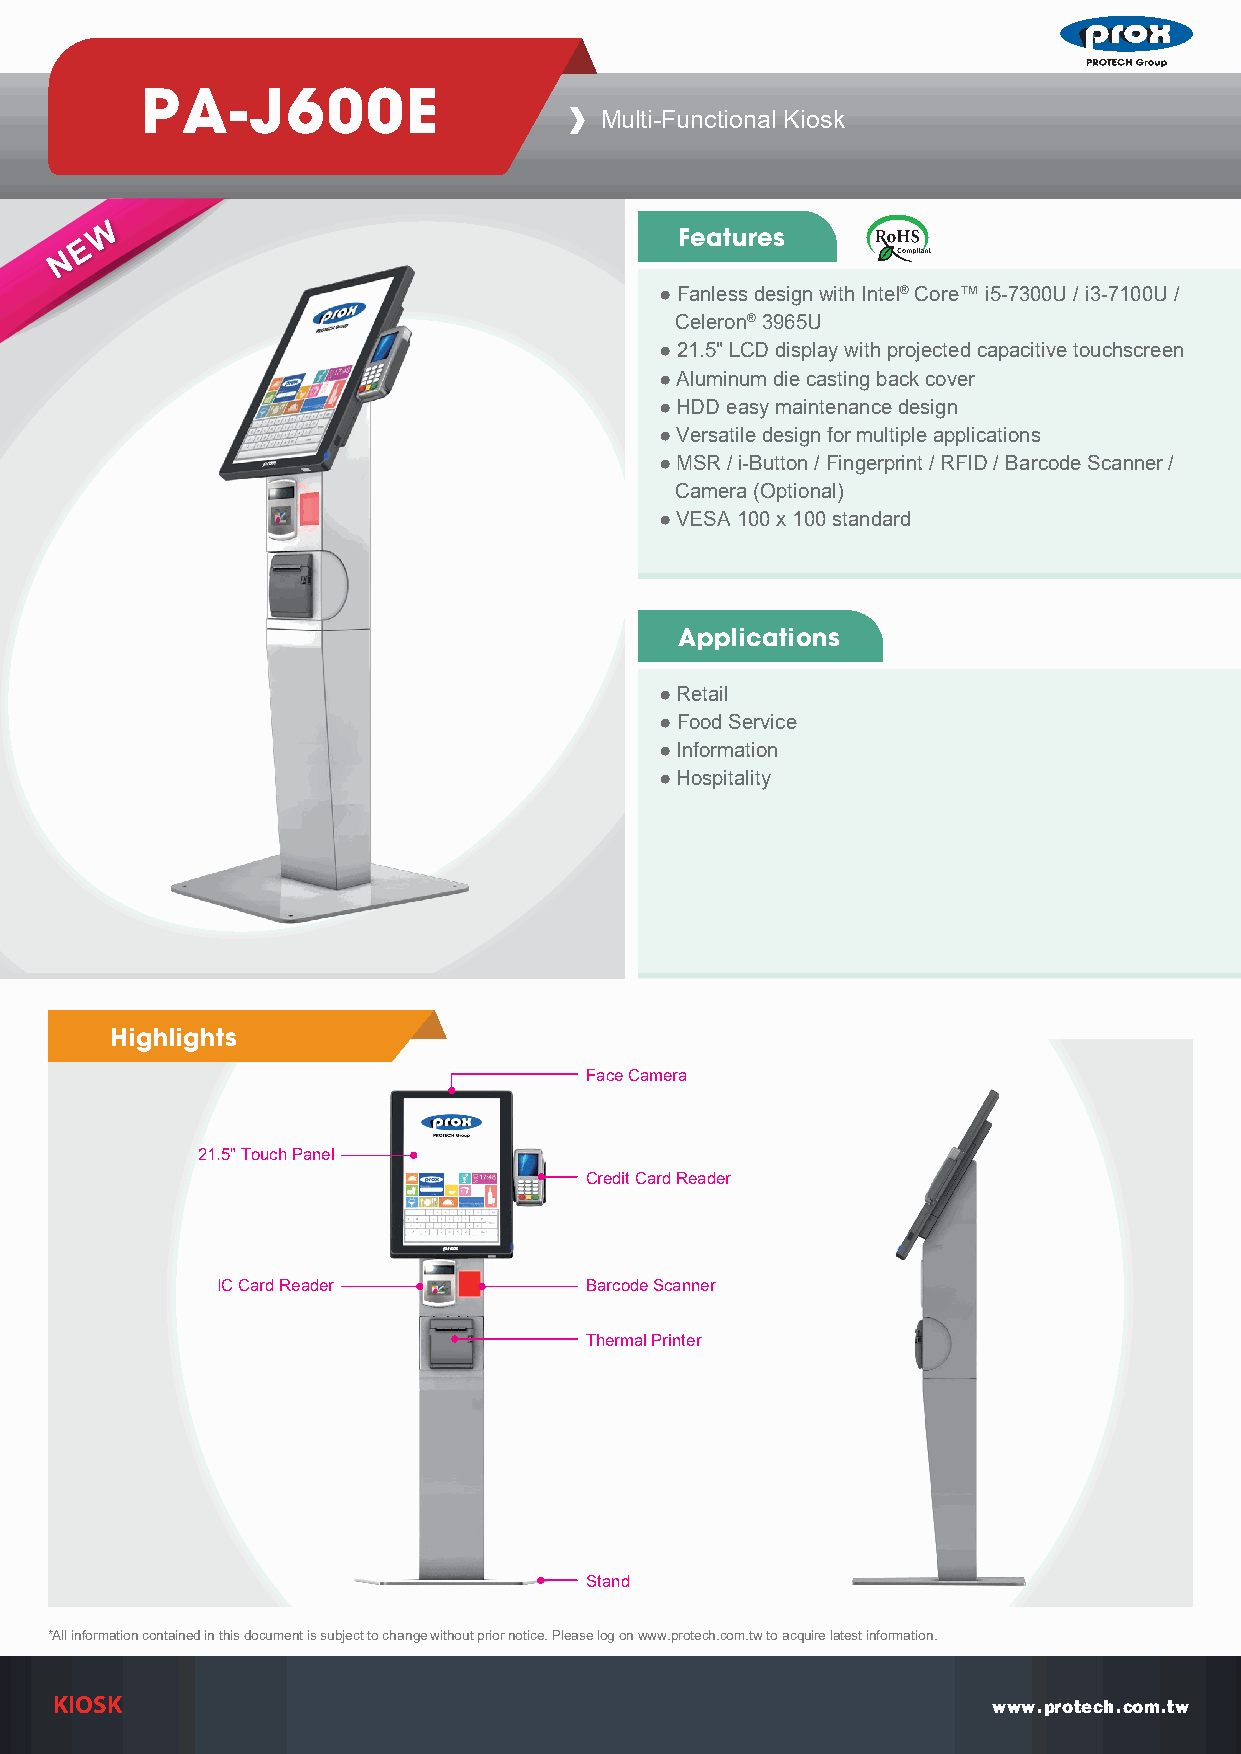
PA-J600E
 Multi-Functional Kiosk
 W
 Features
 E
 N
 ● Fanless design with Intel® Core™ i5-7300U / i3-7100U /
 Celeron® 3965U
 ● 21.5" LCD display with projected capacitive touchscreen
 ● Aluminum die casting back cover
 ● HDD easy maintenance design
 ● Versatile design for multiple applications
 ● MSR / i-Button / Fingerprint / RFID / Barcode Scanner /
 Camera (Optional)
 ● VESA 100 x 100 standard
 Applications
 ● Retail
 ● Food Service
 ● Information
 ● Hospitality
 Highlights
 Face Camera
 21.5" Touch Panel
 Credit Card Reader
 IC Card Reader           Barcode Scanner
 Thermal Printer
 Stand
 *All information contained in this document is subject to change without prior notice. Please log on www.protech.com.tw to acquire latest information.
 KK II OO SS KK
 5
 www.protech.com.tw